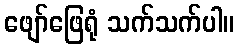
ဖျော်ဖြေရုံ သက်သက်ပါ။